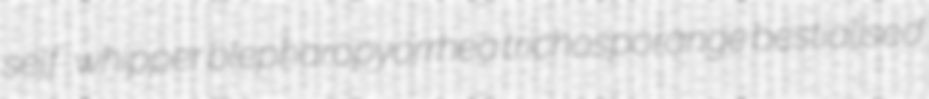
self-whipper blepharopyorrhea trichosporange bestialised